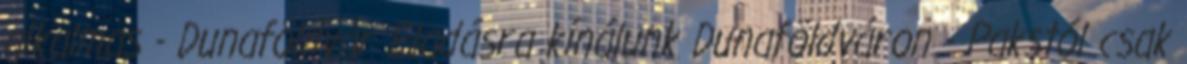
alkalmas - Dunaföldvár Eladásra kínálunk Dunaföldváron - Pakstól csak